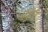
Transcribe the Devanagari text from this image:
मजेने